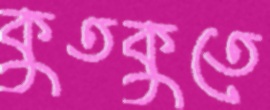
কুতকুতে